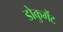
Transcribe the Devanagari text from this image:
डोकुमेंट